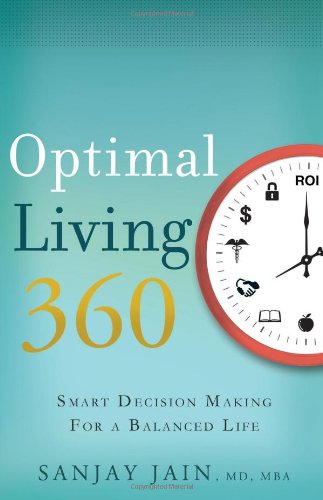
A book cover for Optimal Living 360: Smart Decision Making for a Balanced Life; Sanjay K. Jain; Business & Money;